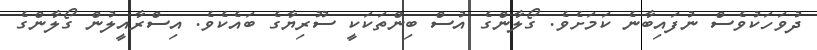
ދުވަހަކުވެސް ނުފައިބާނެ ކަމަށެވެ. ގޯލާންގެ އުސް ބިންތަކަކީ ސޫރިޔާގެ ބައެކެވެ. އިސްރާއީލުން ގޯލާންގެ